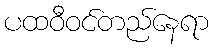
ပထဝီဝင်တည်နေရာ